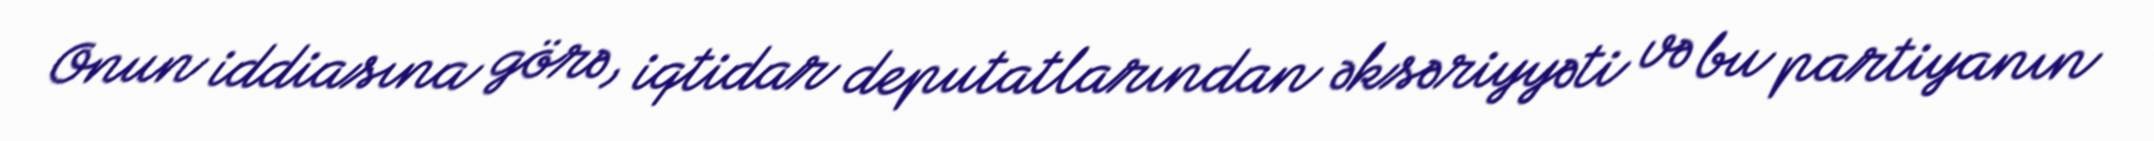
Onun iddiasına görə, iqtidar deputatlarından əksəriyyəti və bu partiyanın